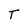
Character: T